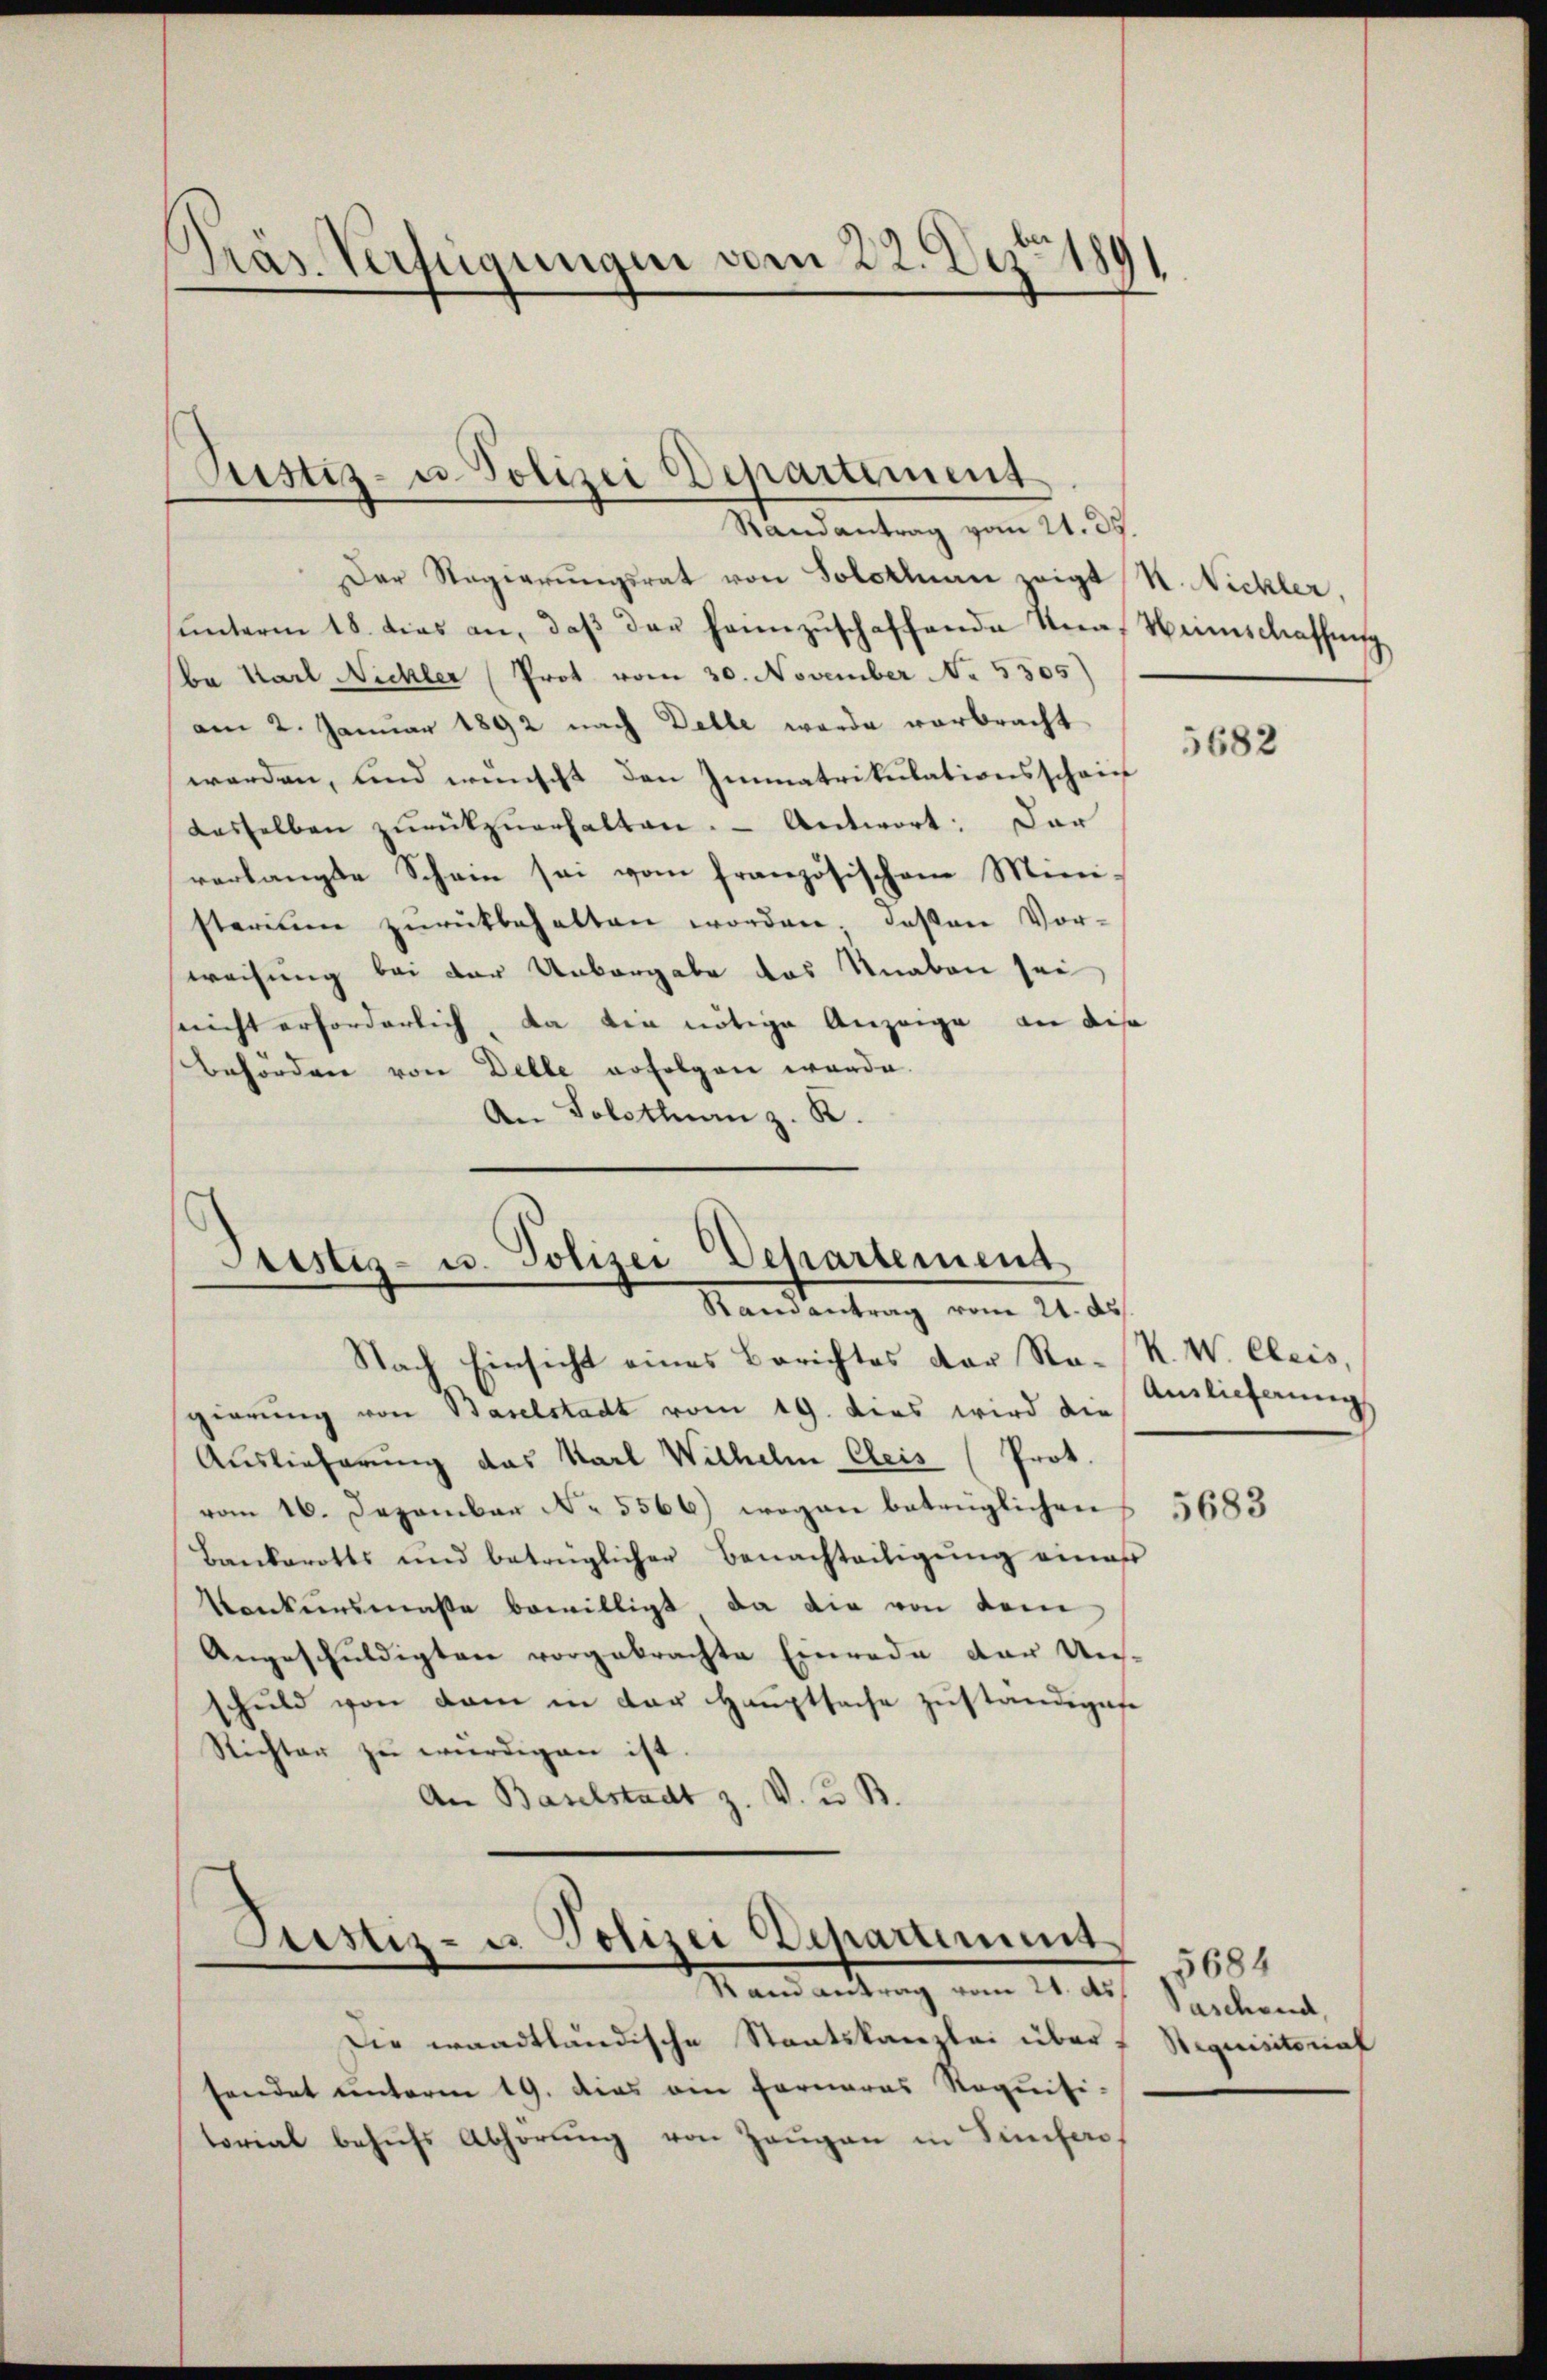
Präs. Verfügungen vom 22. Dez. 1891

Rustiz- u. Polizei Departement
Randantrag vom 21. ds.

Der Regierungsrat von Solothurn zeigt N. Nickler,
ŭnterm 18. dies an, daβ der heimzuschaffende Una, Menschaffung
ba Karl Nichler (Prot vom 30. November No. 5305)
am 2. Januar 1892 nach Delle werde vorbracht
werden, und wünscht den Immatrikulationsschein
dasselben zŭrückzŭerhalten. - Antwort: Dar
verlangte Schein sei vom französischen Mini-
sterium zŭrückbehalten worden; deßen Vor-
weisung bei der Unbergabe das Knaben sei
sricht erforderlich, da die nötige Anzeige an diese
behörden von Delle erfolgen werde.
An Solothurn z. K.

Stestiz- u. Polizei Departement
Randantrag vom 21. ds.

Nach Einsicht eines Berichtes der Ra-R. W. Cleis,
gierung von Baselstadt vom 19. dies wird die
Auslieferung das Karl Wilhelm Cleis (Prot.
vom 16. Dezember No. 5566) wegen betrüglichen
Bankerotts und betrüglicher Benachteiligŭng eines
Konkursmaße bewilligt, da die von dem
Angeschuldigten vorgebrachte Einrede der Un-
schuld von dem in der Hauptsache zuständigese
Richter zu würdigen ist
An Baselstadt z. V. u. B.

Sistiz- u. Polizei Departement
Randantrag vom 21. ds.

Die waadtländische Staatskanzlei über,
sendet unterm 19. dies ein Fornaras Requisi-
torial behufs Abhörung von Zeugen in Sincher,

5682

Auslieferung

5683

5684
aschend,
Requisitorial